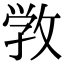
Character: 敩